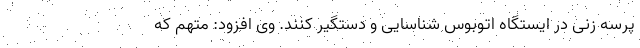
پرسه زنی در ایستگاه اتوبوس شناسایی و دستگیر کنند. وی افزود: متهم که